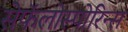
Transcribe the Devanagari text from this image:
सेफॅलोस्पोरिन्स